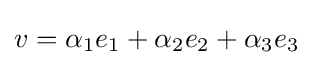
v=\alpha _{1}e_{1}+\alpha _{2}e_{2}+\alpha _{3}e_{3}